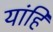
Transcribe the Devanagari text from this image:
यांहि